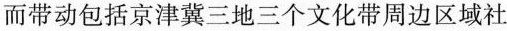
而带动包括京津冀三地三个文化带周边区域社